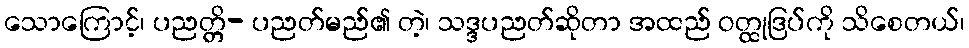
သောကြောင့်၊ ပညတ္တိ- ပညတ်မည်၏ တဲ့၊ သဒ္ဒပညတ်ဆိုတာ အထည် ဝတ္ထုဒြပ်ကို သိစေတယ်၊